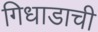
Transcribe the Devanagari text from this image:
गिधाडाची